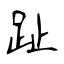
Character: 趾